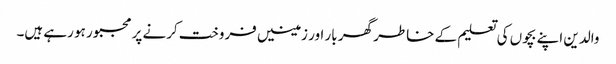
والدین اپنے بچوں کی تعلیم کے خاطر گھر بار اور زمینیں فروخت کرنے پر مجبور ہو رہے ہیں۔